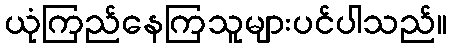
ယုံကြည်နေကြသူများပင်ပါသည်။